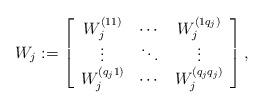
LaTeX: \begin{align*}W_j := \left[ \begin{array}{c c c} W^{(11)}_{j}& \cdots & W^{ ( 1 q_j ) }_{ j } \\ \vdots& \ddots &\vdots \\ W^{(q_j 1)}_{j}& \cdots & W^{ ( q_j q_j ) }_{j} \\ \end{array} \right],\end{align*}